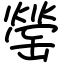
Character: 罃